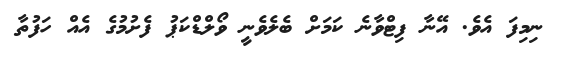
ނިމިފަ އެވެ. އޭނާ ފިޓްވާނެ ކަމަށް ބެލެވެނީ ވޯލްޑްކަޕު ފެށުމުގެ އެއް ހަފުތާ